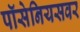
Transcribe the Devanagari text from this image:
पॉसेनियसवर